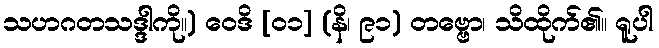
သဟဂတသဒ္ဒါကို။) ဝေဒိ [၀၁] (နိ၊ ၉၁) တဗ္ဗော၊ သိထိုက်၏။ ရူပါ